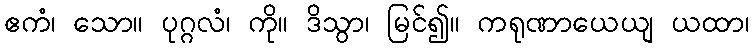
ဧကံ၊ သော။ ပုဂ္ဂလံ၊ ကို။ ဒိသွာ၊ မြင်၍။ ကရုဏာယေယျ ယထာ၊